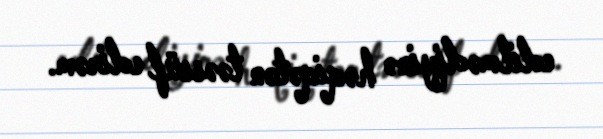
edilmədiyinə həqiqətən təəssüf edirəm.